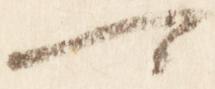
可